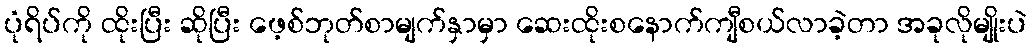
ပုံရိပ်ကို ထိုးပြီး ဆိုပြီး ဖေ့စ်ဘုတ်စာမျက်နှာမှာ ဆေးထိုးစနောက်ကျီစယ်လာခဲ့တာ အခုလိုမျိုးပဲ